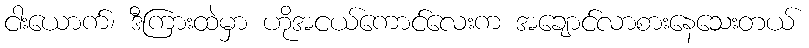
ငါးယောက်၊ ဒီကြားထဲမှာ ဟိုအငယ်ကောင်လေးက အချောင်လာစားနေသေးတယ်